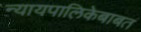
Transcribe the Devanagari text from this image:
न्यायपालिकेबाबत